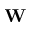
\mathbf W